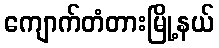
ကျောက်တံတားမြို့နယ်